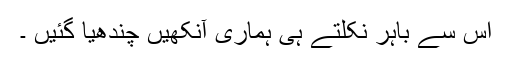
اس سے باہر نکلتے ہی ہماری آنکھیں چندھیا گئیں ۔